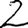
Digit: 2